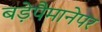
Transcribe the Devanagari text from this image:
बड़ेपैमानेपर